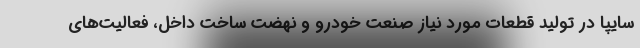
سایپا در تولید قطعات مورد نیاز صنعت خودرو و نهضت ساخت داخل، فعالیت‌های